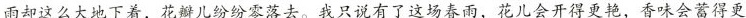
雨却这么大地下着，花瓣儿纷纷零落去。我只说有了这场春雨，花儿会开得更艳，香味会蓄得更